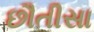
છૌતીસા